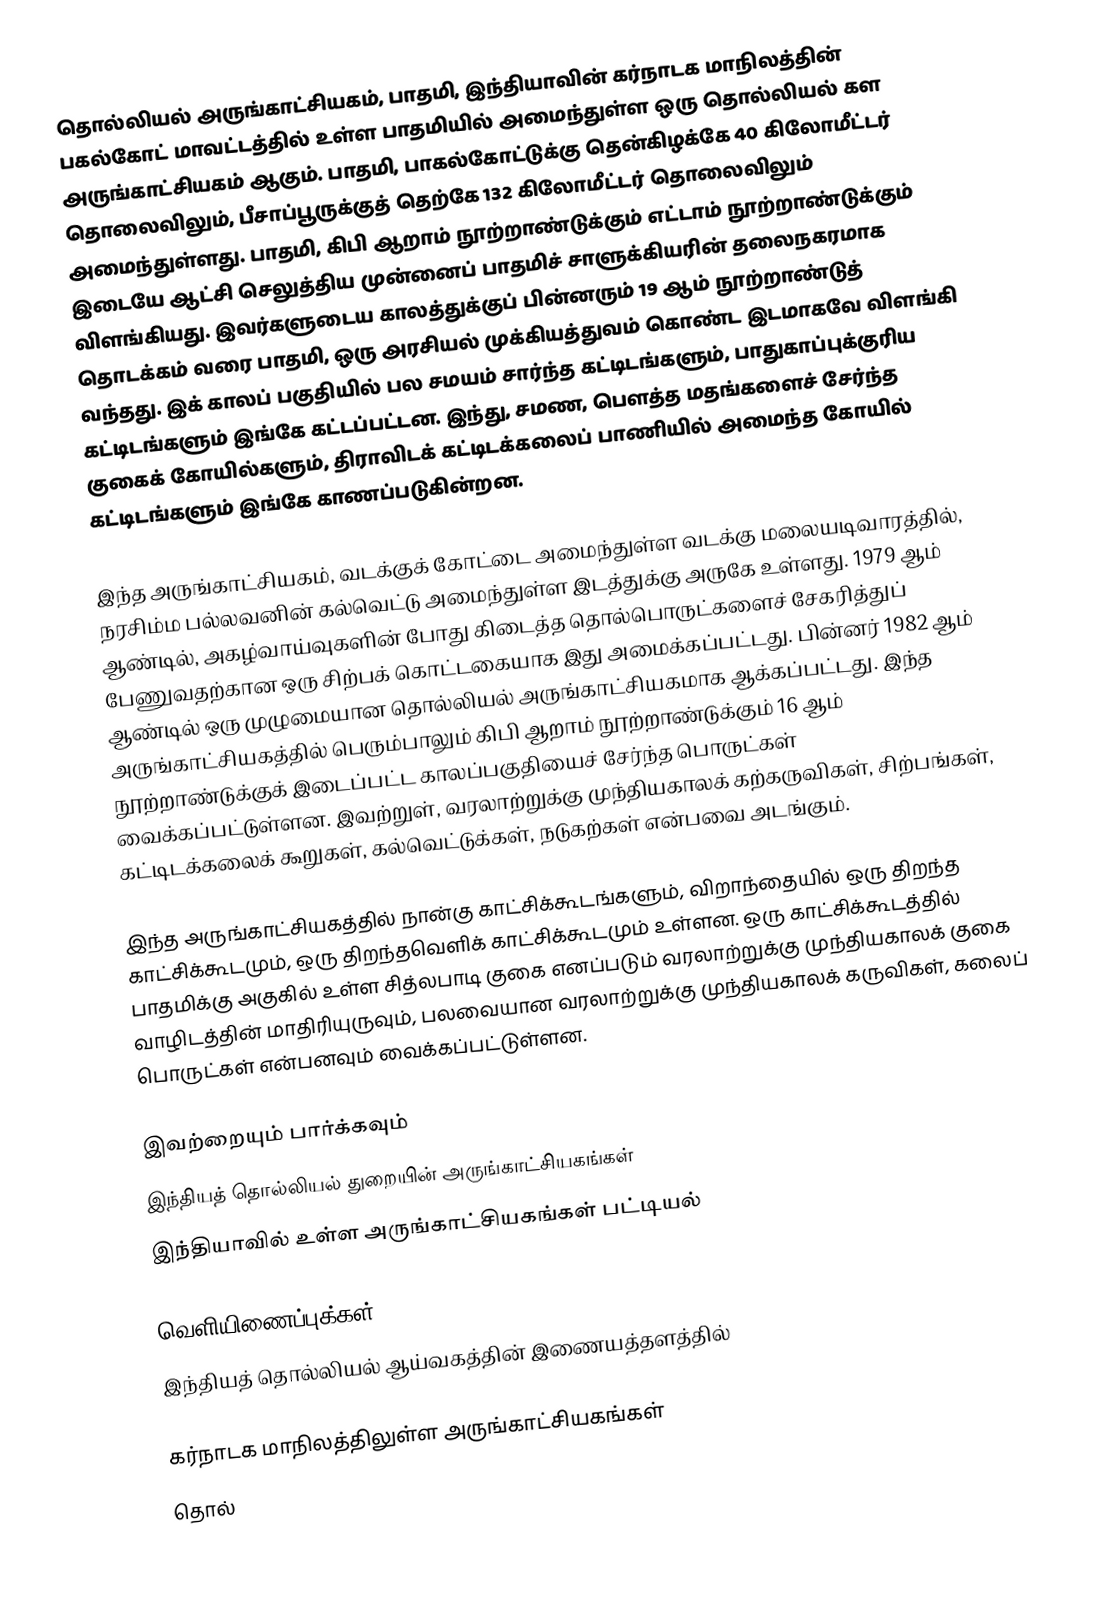
தொல்லியல் அருங்காட்சியகம், பாதமி, இந்தியாவின் கர்நாடக மாநிலத்தின் பகல்கோட் மாவட்டத்தில் உள்ள பாதமியில் அமைந்துள்ள ஒரு தொல்லியல் கள அருங்காட்சியகம் ஆகும். பாதமி, பாகல்கோட்டுக்கு தென்கிழக்கே 40 கிலோமீட்டர் தொலைவிலும், பீசாப்பூருக்குத் தெற்கே 132 கிலோமீட்டர் தொலைவிலும் அமைந்துள்ளது. பாதமி, கிபி ஆறாம் நூற்றாண்டுக்கும் எட்டாம் நூற்றாண்டுக்கும் இடையே ஆட்சி செலுத்திய முன்னைப் பாதமிச் சாளுக்கியரின் தலைநகரமாக விளங்கியது. இவர்களுடைய காலத்துக்குப் பின்னரும் 19 ஆம் நூற்றாண்டுத் தொடக்கம் வரை பாதமி, ஒரு அரசியல் முக்கியத்துவம் கொண்ட இடமாகவே விளங்கி வந்தது. இக் காலப் பகுதியில் பல சமயம் சார்ந்த கட்டிடங்களும், பாதுகாப்புக்குரிய கட்டிடங்களும் இங்கே கட்டப்பட்டன. இந்து, சமண, பௌத்த மதங்களைச் சேர்ந்த குகைக் கோயில்களும், திராவிடக் கட்டிடக்கலைப் பாணியில் அமைந்த கோயில் கட்டிடங்களும் இங்கே காணப்படுகின்றன.

இந்த அருங்காட்சியகம், வடக்குக் கோட்டை அமைந்துள்ள வடக்கு மலையடிவாரத்தில், நரசிம்ம பல்லவனின் கல்வெட்டு அமைந்துள்ள இடத்துக்கு அருகே உள்ளது. 1979 ஆம் ஆண்டில், அகழ்வாய்வுகளின் போது கிடைத்த தொல்பொருட்களைச் சேகரித்துப் பேணுவதற்கான ஒரு சிற்பக் கொட்டகையாக இது அமைக்கப்பட்டது. பின்னர் 1982 ஆம் ஆண்டில் ஒரு முழுமையான தொல்லியல் அருங்காட்சியகமாக ஆக்கப்பட்டது. இந்த அருங்காட்சியகத்தில் பெரும்பாலும் கிபி ஆறாம் நூற்றாண்டுக்கும் 16 ஆம் நூற்றாண்டுக்குக் இடைப்பட்ட காலப்பகுதியைச் சேர்ந்த பொருட்கள் வைக்கப்பட்டுள்ளன. இவற்றுள், வரலாற்றுக்கு முந்தியகாலக் கற்கருவிகள், சிற்பங்கள், கட்டிடக்கலைக் கூறுகள், கல்வெட்டுக்கள், நடுகற்கள் என்பவை அடங்கும்.

இந்த அருங்காட்சியகத்தில் நான்கு காட்சிக்கூடங்களும், விறாந்தையில் ஒரு திறந்த காட்சிக்கூடமும், ஒரு திறந்தவெளிக் காட்சிக்கூடமும் உள்ளன. ஒரு காட்சிக்கூடத்தில் பாதமிக்கு அகுகில் உள்ள சித்லபாடி குகை எனப்படும் வரலாற்றுக்கு முந்தியகாலக் குகை வாழிடத்தின் மாதிரியுருவும், பலவையான வரலாற்றுக்கு முந்தியகாலக் கருவிகள், கலைப் பொருட்கள் என்பனவும் வைக்கப்பட்டுள்ளன.

இவற்றையும் பார்க்கவும்
 இந்தியத் தொல்லியல் துறையின் அருங்காட்சியகங்கள்
 இந்தியாவில் உள்ள அருங்காட்சியகங்கள் பட்டியல்

வெளியிணைப்புக்கள்
 இந்தியத் தொல்லியல் ஆய்வகத்தின் இணையத்தளத்தில்

கர்நாடக மாநிலத்திலுள்ள அருங்காட்சியகங்கள்
தொல்